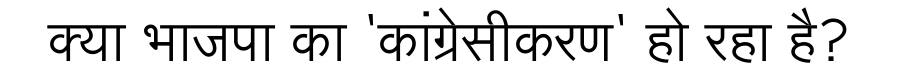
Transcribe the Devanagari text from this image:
क्या भाजपा का 'कांग्रेसीकरण' हो रहा है?